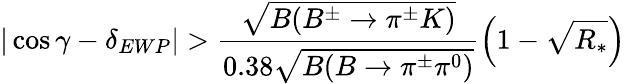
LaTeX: |\cos\gamma-\delta_{EWP}|>\frac{\sqrt{B(B^{\pm}\to\pi^{\pm}K)}}{0.38\sqrt{B(B\to\pi^{\pm}\pi^{0})}}\left(1-\sqrt{R_{*}}\right)